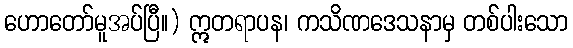
ဟောတော်မူအပ်ပြီ။) ဣတရာပန၊ ကသိဏဒေသနာမှ တစ်ပါးသော